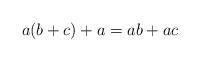
LaTeX: \begin{align*}a(b + c) + a = ab + ac\end{align*}